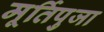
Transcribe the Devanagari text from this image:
मूर्तिपुजा